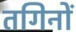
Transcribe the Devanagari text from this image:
तगिनों